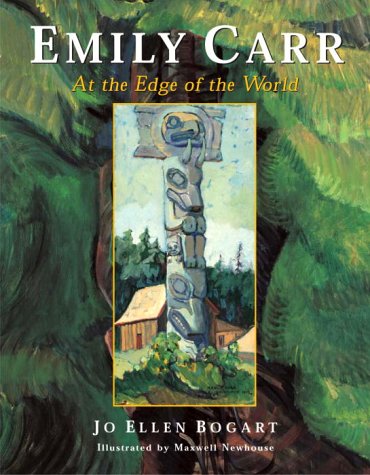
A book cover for Emily Carr: At the Edge of the World; Jo Ellen Bogart; Biographies & Memoirs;